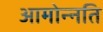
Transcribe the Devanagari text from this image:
आमोन्नति